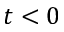
t < 0